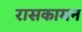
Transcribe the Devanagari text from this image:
रासकामन